画像に写った文字を読んでください
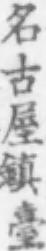
「名古屋鎮臺」と書いてあります